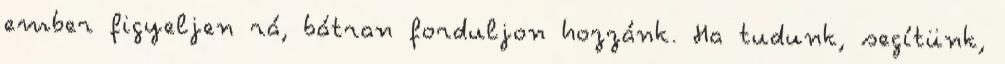
ember figyeljen rá, bátran forduljon hozzánk. Ha tudunk, segítünk,